Annual administration and progress report of the Indian Medical Department, Bombay
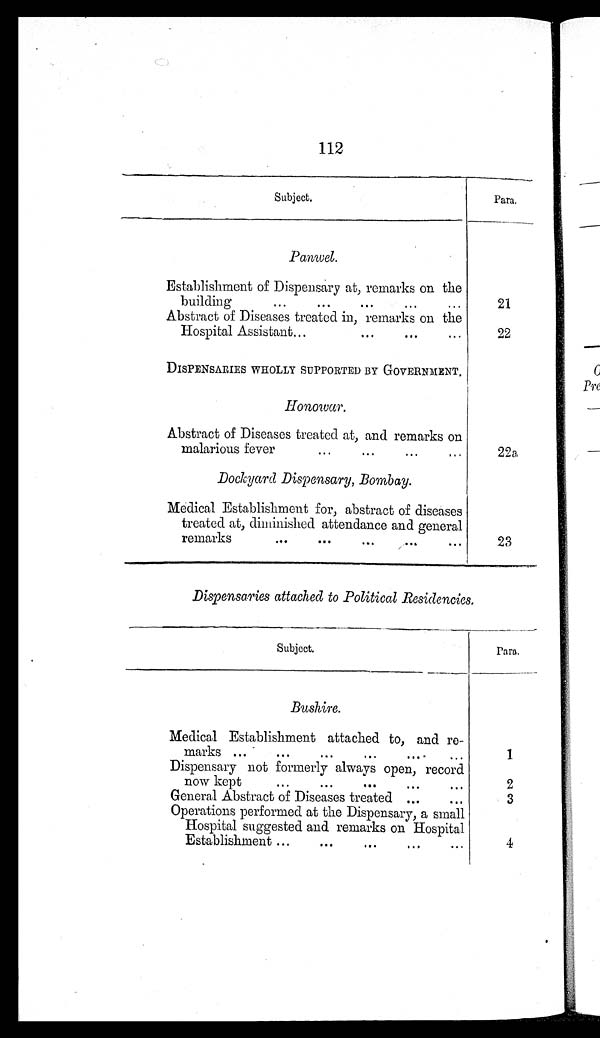
112
Subject.
Para.
Panwel.
Establishment of Dispensary at, remarks on the
building
...
...
...
...
...
21
Abstract of Diseases treated in, remarks on the
Hospital Assistant...
... ...
...
22
DISPENSARIES WHOLLY SUPPORTED BY GOVERNMENT.
Honowar.
Abstract of Diseases treated at, and remarks on
m malarious fever
...
. . .
22a
Dockyard Dispensary, Bombay.
Medical Establishment for, abstract of diseases
treated at, diminished attendance and general
remarks ... ...
...
...
...
23
Dispensaries attached to Political Residencies.
Subject.
Para.
Bushire.
Medical Establishment attached to, and re-
marks ... ...
... ...
...
1
Dispensary not formerly always open, record
now kept
...
...
...
...
...
2
General Abstract of Diseases treated ...
...
3
Operations performed at the Dispensary, a small
Hospital suggested and remarks on Hospital
...
Establishment
. . .
4